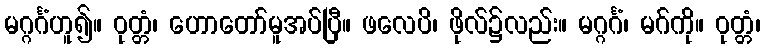
မဂ္ဂင်္ဂံဟူ၍။ ဝုတ္တံ၊ ဟောတော်မူအပ်ပြီ။ ဖလေပိ၊ ဖိုလ်၌လည်း။ မဂ္ဂင်္ဂံ၊ မဂ်ကို။ ဝုတ္တံ၊